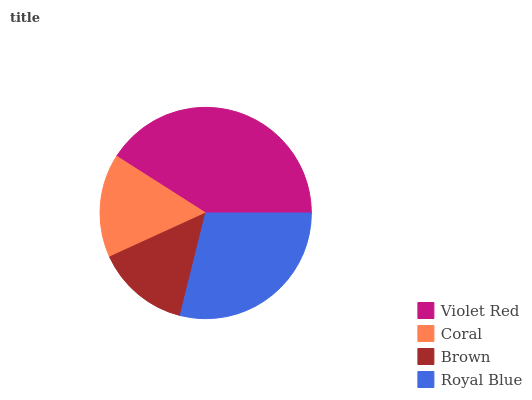
| Violet Red | Coral | Brown | Royal Blue |
 | --- | --- | --- | --- |
 | 41% | 15.9% | 14.3% | 28.8% |